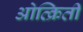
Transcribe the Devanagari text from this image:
ओत्क्रिती